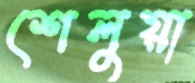
শেলুয়া